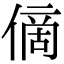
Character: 㒀